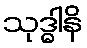
သုဒ္ဓါနိ